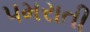
પમરાતી